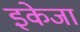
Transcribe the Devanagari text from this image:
इकेजा